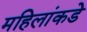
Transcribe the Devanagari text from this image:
महिलांकडे